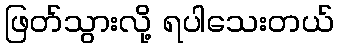
ဖြတ်သွားလို့ ရပါသေးတယ်